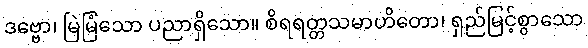
ဒဗ္ဗော၊ မြဲမြံသော ပညာရှိသော။ စိရရတ္တသမာဟိတော၊ ရှည်မြင့်စွာသော